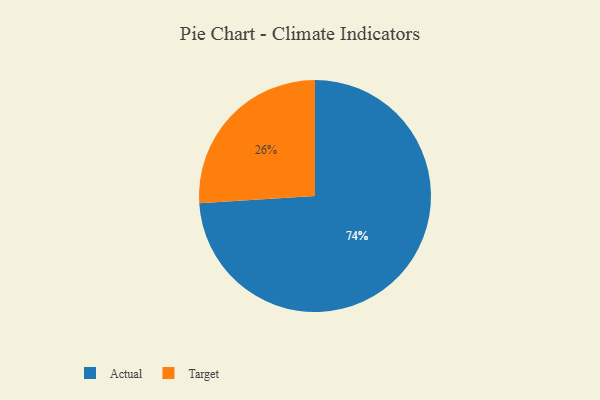
{"axis": {"x": "Category", "y": "Percentage"}, "legend": ["Actual", "Target"], "data": [{"x": "Target", "y": 26, "type": "Target"}, {"x": "Actual", "y": 74, "type": "Actual"}]}